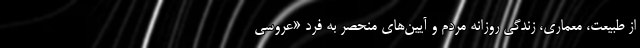
از طبیعت، معماری، زندگی روزانه مردم و آیین‌های منحصر به فرد «عروسی